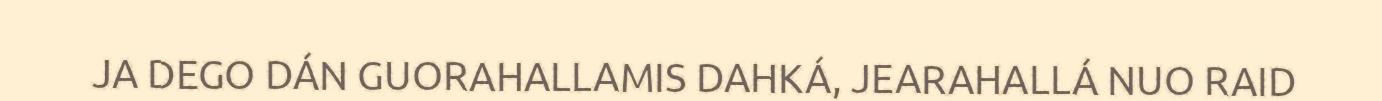
JA DEGO DÁN GUORAHALLAMIS DAHKÁ, JEARAHALLÁ NUO RAID